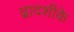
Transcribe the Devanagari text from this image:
द्वादशीके